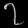
Digit: ၇